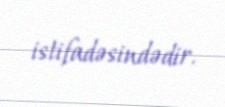
istifadəsindədir.